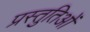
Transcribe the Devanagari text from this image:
प्रस्तुतिओं